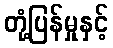
တုံ့ပြန်မှုနှင့်